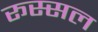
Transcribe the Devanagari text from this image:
रूस्सल